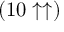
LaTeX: ( 1 0 \uparrow \uparrow )